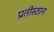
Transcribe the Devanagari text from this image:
प्रतीस्ठान